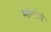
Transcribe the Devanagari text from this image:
मांगोगे